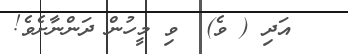
އަދި ( ވެ)  ވި މީހުން ދަންނާށެވެ!